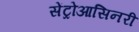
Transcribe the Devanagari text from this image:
सेंट्रोआसिनरी